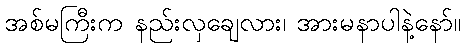
အစ်မကြီးက နည်းလှချေလား၊ အားမနာပါနဲ့နော်။